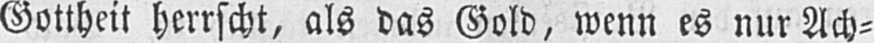
Gottheit herrscht, als das Gold, wenn es nur Ach⸗